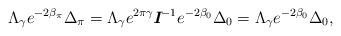
LaTeX: \begin{align*} \Lambda _{\gamma}e^{-2\beta _\pi }\Delta _\pi = \Lambda _{\gamma}e^{2\pi\gamma}\textit{\textbf{I}}^{-1}e^{-2\beta _0}\Delta _0 = \Lambda _{\gamma}e^{-2\beta _0}\Delta _0,\end{align*}